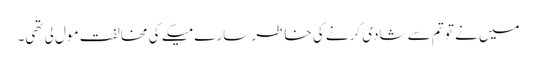
میں نے تو تم سے شادی کرنے کی خاطر سارے میکے کی مخالفت مول لی تھی۔